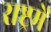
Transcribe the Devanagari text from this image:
राष्ट्रमें